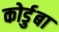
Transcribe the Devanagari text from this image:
कोर्डुबा